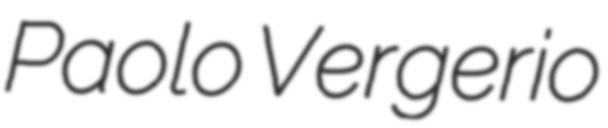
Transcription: Paolo Vergerio